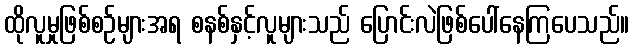
ထိုလူမှုဖြစ်စဉ်များအရ စနစ်နှင့်လူများသည် ပြောင်းလဲဖြစ်ပေါ်နေကြပေသည်။